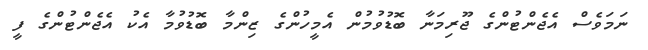
ނަމަވެސް އެޖެންޓުންގެ ޖޫރިމަނާ ބޮޑުވުމުން އެމީހުންގެ ޒިންމާ ބޮޑުވުމާ އެކު އެޖެންޓުންގެ ފީ